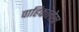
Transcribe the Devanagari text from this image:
वाहिकालेख